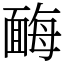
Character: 䩈